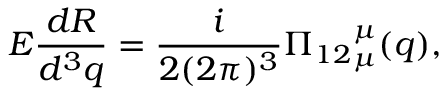
E \frac { d R } { d ^ { 3 } q } = \frac { i } { 2 ( 2 \pi ) ^ { 3 } } { \Pi _ { 1 2 } } _ { \mu } ^ { \mu } ( q ) ,